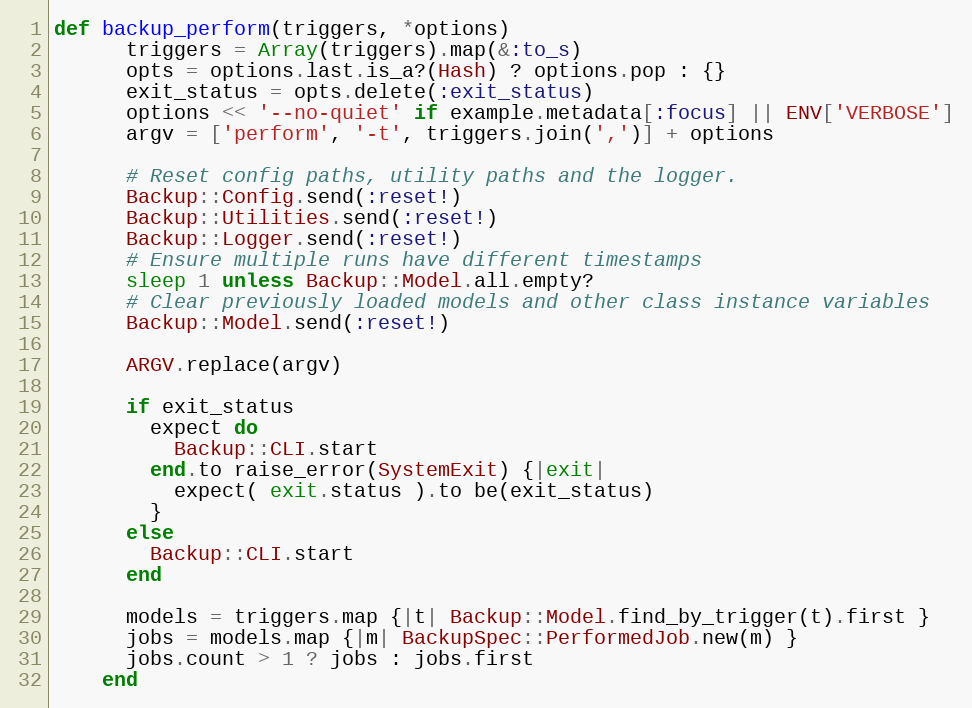
Language: Ruby
def backup_perform(triggers, *options)
      triggers = Array(triggers).map(&:to_s)
      opts = options.last.is_a?(Hash) ? options.pop : {}
      exit_status = opts.delete(:exit_status)
      options << '--no-quiet' if example.metadata[:focus] || ENV['VERBOSE']
      argv = ['perform', '-t', triggers.join(',')] + options

      # Reset config paths, utility paths and the logger.
      Backup::Config.send(:reset!)
      Backup::Utilities.send(:reset!)
      Backup::Logger.send(:reset!)
      # Ensure multiple runs have different timestamps
      sleep 1 unless Backup::Model.all.empty?
      # Clear previously loaded models and other class instance variables
      Backup::Model.send(:reset!)

      ARGV.replace(argv)

      if exit_status
        expect do
          Backup::CLI.start
        end.to raise_error(SystemExit) {|exit|
          expect( exit.status ).to be(exit_status)
        }
      else
        Backup::CLI.start
      end

      models = triggers.map {|t| Backup::Model.find_by_trigger(t).first }
      jobs = models.map {|m| BackupSpec::PerformedJob.new(m) }
      jobs.count > 1 ? jobs : jobs.first
    end